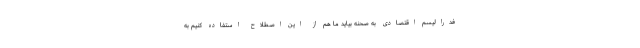
فدرالیسم اقتصادی به صحنه بیاید ما هم از این اصطلاح استفاده کنیم به